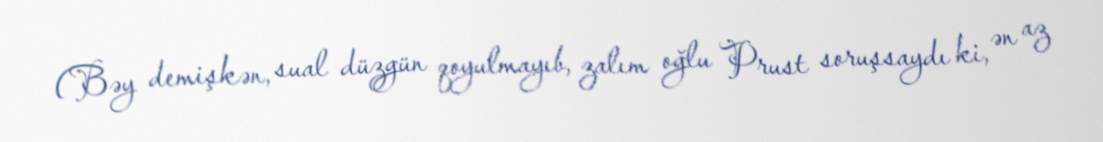
(Bəy demişkən, sual düzgün qoyulmayıb, zalım oğlu Prust soruşsaydı ki, ən az